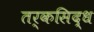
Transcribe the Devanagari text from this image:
तर्कसिद्ध